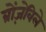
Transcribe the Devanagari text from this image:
ब्रोंज़ेविले